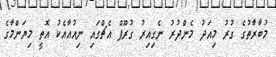
މުބާރާުތުގެ ގުރު މިއަދު މެންދުުރު ނެގިއިރު ގުރޫޕް އެޗްގައި ނިއުއާއެކު އޮތީ މިޔަންމާގެ